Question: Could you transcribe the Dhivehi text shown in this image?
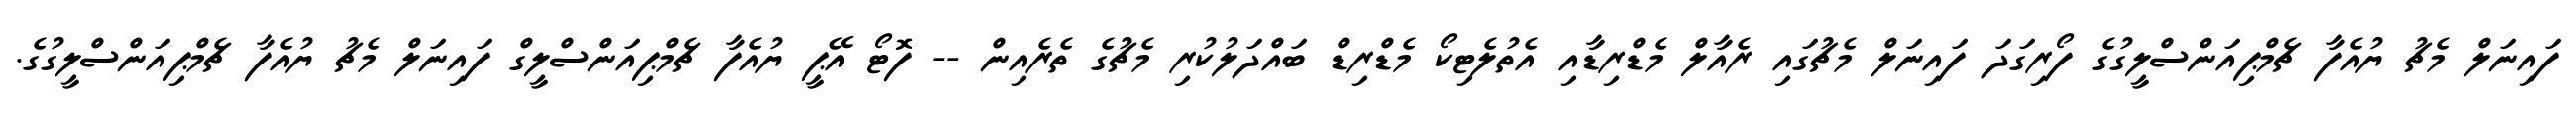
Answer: ފައިނަލް މެޗު ޔުއެފާ ޗެމްޕިއަންސްލީގުގެ ފޯރިގަދަ ފައިނަލް މެޗުގައި ރެއާލް މެޑްރިޑާއި އެތުލެޓިކޯ މެޑްރިޑް ބައްދަލުކުރި މެޗުގެ ތެރެއިން -- ފޮޓޯ އޭޕީ ޔުއެފާ ޗެމްޕިއަންސްލީގް ފައިނަލް މެޗު ޔުއެފާ ޗެމްޕިއަންސްލީގުގެ.